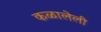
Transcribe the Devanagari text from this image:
कळालेली